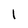
Character: I